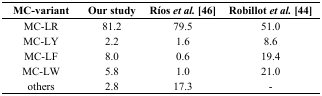
<table><thead><tr><td><b>MC-variant</b></td><td><b>Our study</b></td><td><b>Ríos <i>et al.</i> [46]</b></td><td><b>Robillot <i>et al.</i> [44]</b></td></tr></thead><tbody><tr><td>MC-LR</td><td>81.2</td><td>79.5</td><td>51.0</td></tr><tr><td>MC-LY</td><td>2.2</td><td>1.6</td><td>8.6</td></tr><tr><td>MC-LF</td><td>8.0</td><td>0.6</td><td>19.4</td></tr><tr><td>MC-LW</td><td>5.8</td><td>1.0</td><td>21.0</td></tr><tr><td>others</td><td>2.8</td><td>17.3</td><td>-</td></tr></tbody></table>